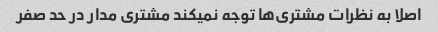
اصلا به نظرات مشتری‌ها توجه نمیکند مشتری مدار در حد صفر